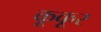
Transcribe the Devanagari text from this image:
कूकूर